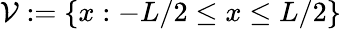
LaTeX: \mathcal{V}:=\{ x:-L/2\leq x\leq L/2\}